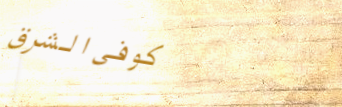
كوفي الشرق